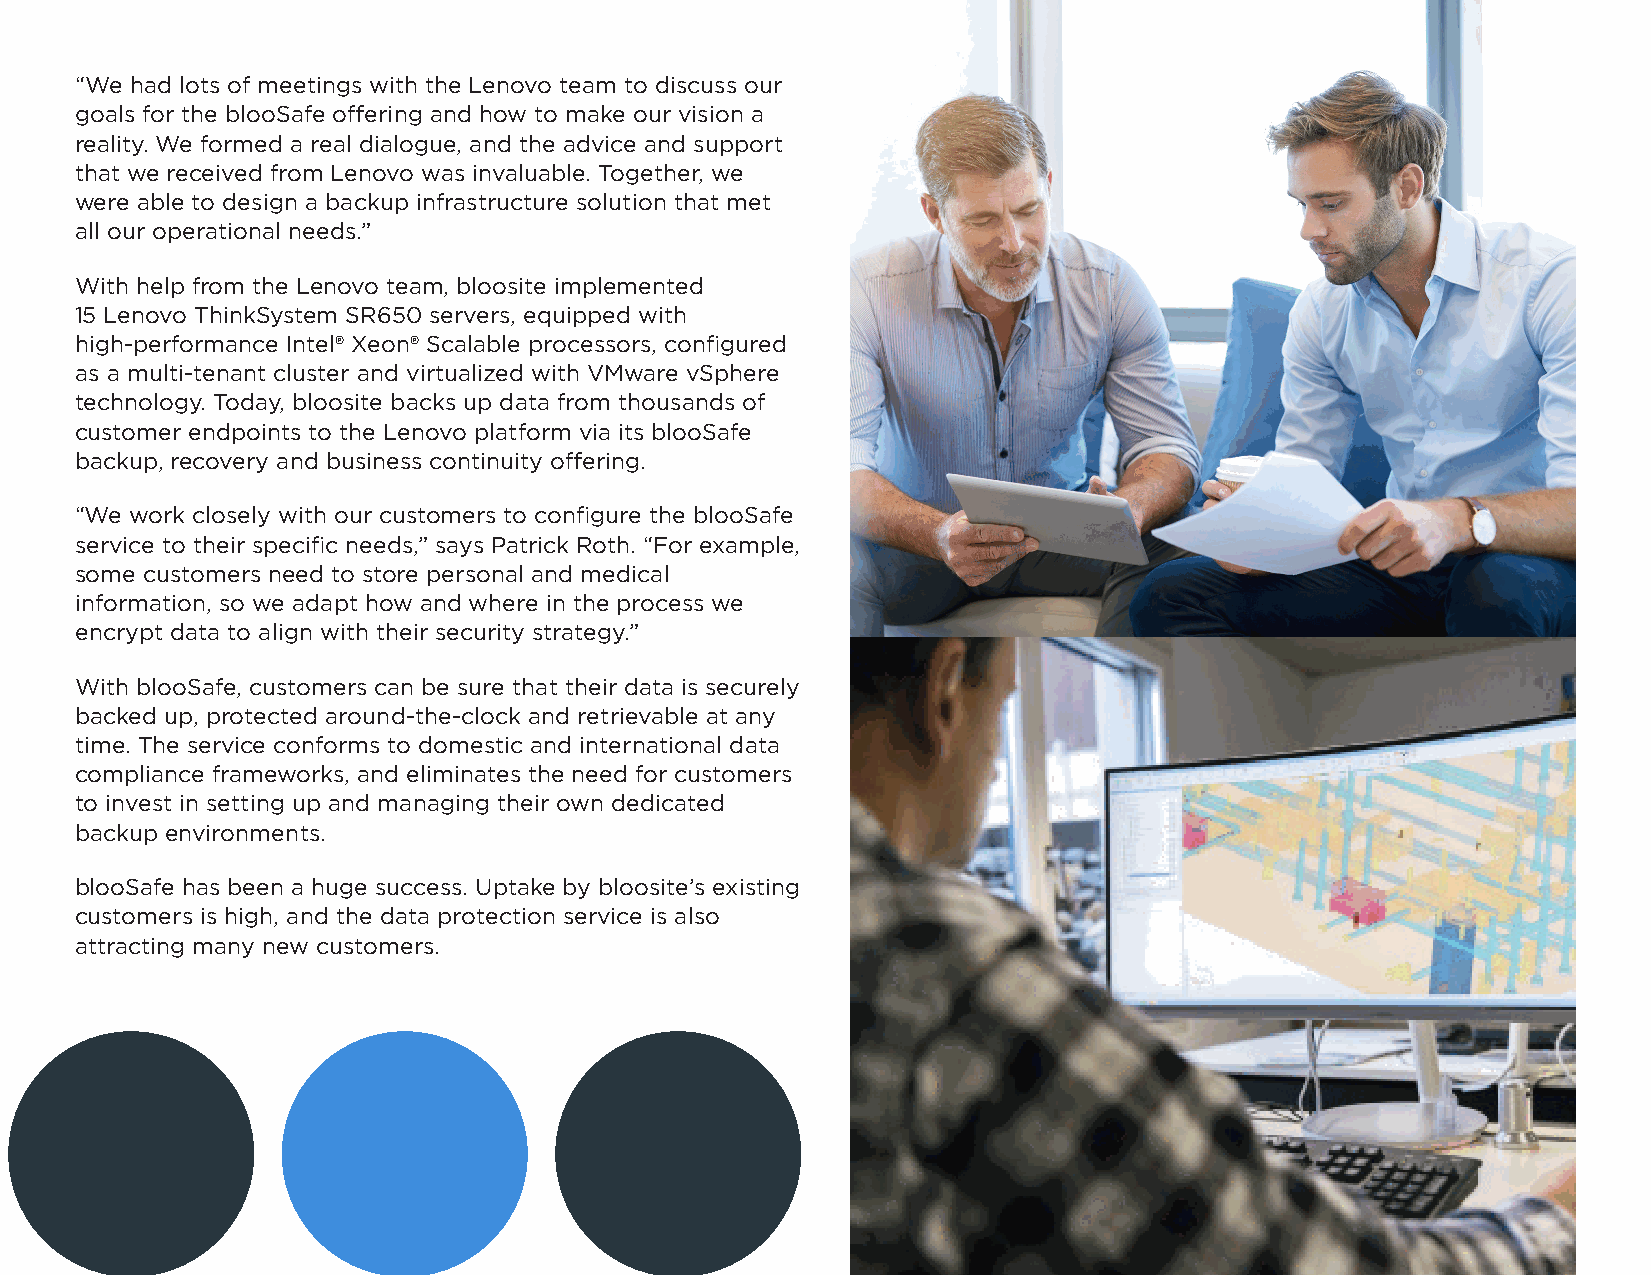
“We had lots of meetings with the Lenovo team to discuss our
 goals for the blooSafe offering and how to make our vision a
 reality. We formed a real dialogue, and the advice and support
 that we received from Lenovo was invaluable. Together, we
 were able to design a backup infrastructure solution that met
 all our operational needs.”
 With help from the Lenovo team, bloosite implemented
 15 Lenovo ThinkSystem SR650 servers, equipped with
 high-performance Intel® Xeon® Scalable processors, configured
 as a multi-tenant cluster and virtualized with VMware vSphere
 technology. Today, bloosite backs up data from thousands of
 customer endpoints to the Lenovo platform via its blooSafe
 backup, recovery and business continuity offering.
 “We work closely with our customers to configure the blooSafe
 service to their specific needs,” says Patrick Roth. “For example,
 some customers need to store personal and medical
 information, so we adapt how and where in the process we
 encrypt data to align with their security strategy.”
 With blooSafe, customers can be sure that their data is securely
 backed up, protected around-the-clock and retrievable at any
 time. The service conforms to domestic and international data
 compliance frameworks, and eliminates the need for customers
 to invest in setting up and managing their own dedicated
 backup environments.
 blooSafe has been a huge success. Uptake by bloosite’s existing
 customers is high, and the data protection service is also
 attracting many new customers.